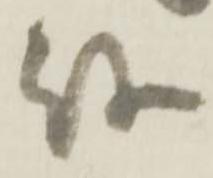
待